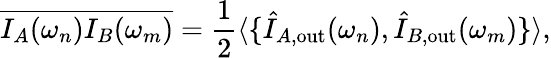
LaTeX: \overline{{I_{A}(\omega_{n})I_{B}(\omega_{m})}}=\frac{1}{2}\langle\{ \hat{I}_{A,\mathrm{out}}(\omega_{n}),\hat{I}_{B,\mathrm{out}}(\omega_{m})\} \rangle,